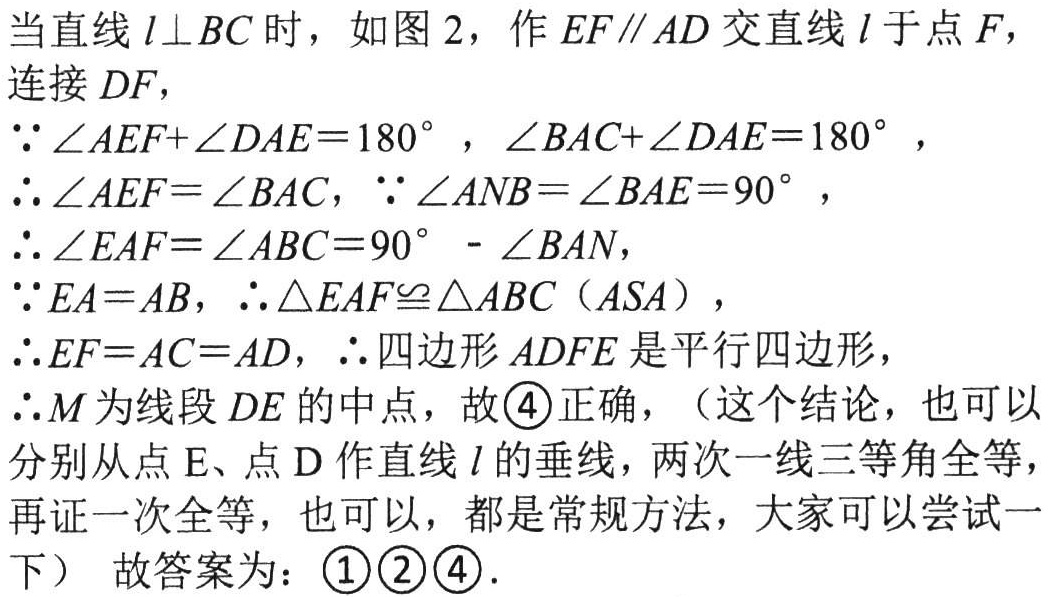
当直线\(l\perp BC\)时，如图 2，作\(EF\parallel AD\)交直线\(l\)于点\(F\)，连接\(DF\)，
\(\because\angle AEF + \angle DAE = 180^{\circ}\)，\(\angle BAC+\angle DAE = 180^{\circ}\)，
\(\therefore\angle AEF=\angle BAC\)，\(\because\angle ANB=\angle BAE = 90^{\circ}\)，
\(\therefore\angle EAF=\angle ABC = 90^{\circ}-\angle BAN\)，
\(\because EA = AB\)，\(\therefore\triangle EAF\cong\triangle ABC\)（\(ASA\)），
\(\therefore EF = AC = AD\)，\(\therefore\)四边形\(ADFE\)是平行四边形，
\(\therefore M\)为线段\(DE\)的中点，故\textcircled{4}正确，（这个结论，也可以分别从点\(E\)、点\(D\)作直线\(l\)的垂线，两次一线三等角全等，再证一次全等，也可以，都是常规方法，大家可以尝试一下） 故答案为：\(\textcircled{1}\textcircled{2}\textcircled{4}\).